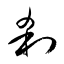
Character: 刹